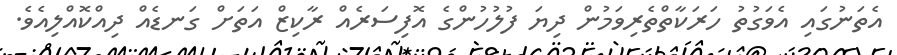
އެތަނުގައި އެވަގުތު ހަރަކާތްތެރިވަމުން ދިޔަ ފުލުހުންގެ އޮފިސަރެއް ރާކިޒް އަތަށް ގަނޑެއް ދިއްކޮއްލިއެވެ.